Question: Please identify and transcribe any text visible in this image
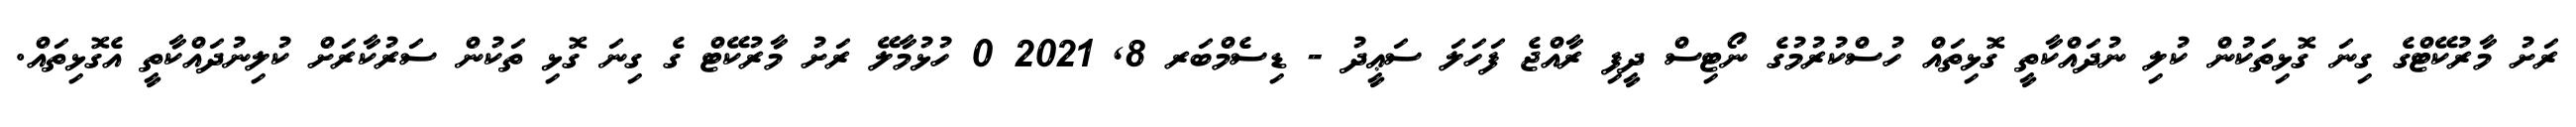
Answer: ރަށު މާރުކޭޓްގެ ގިނަ ގޮޅިތަކުން ކުލި ނުދައްކާތީ ގޮޅިތައް ހުސްކުރުމުގެ ނޯޓިސް ދީފި ރާއްޖެ ފަހަލަ ސަޢީދު - ޑިސެމްބަރ 8, 2021 0 ހުޅުމާލޭ ރަށު މާރުކޭޓް ގެ ގިނަ ގޮޅި ތަކުން ސަރުކާރަށް ކުލިނުދައްކާތީ އެގޮޅިތައް.